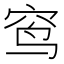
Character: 窎